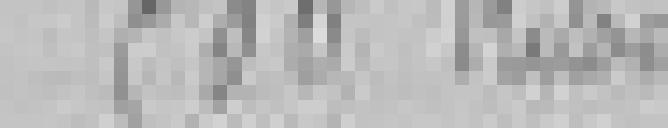
500 kilogrammes